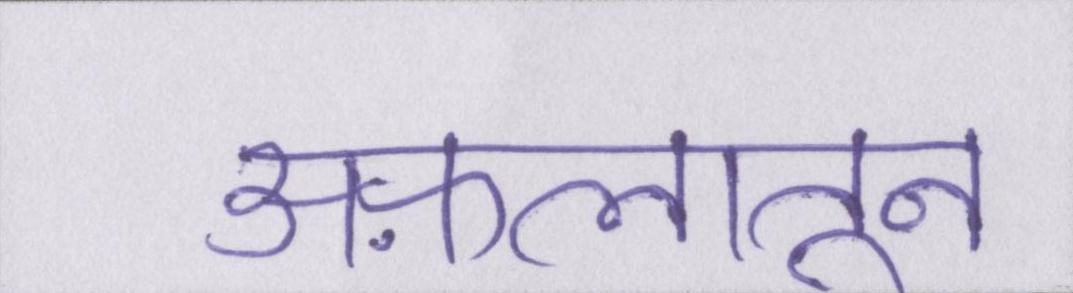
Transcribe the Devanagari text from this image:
अफ़लातून